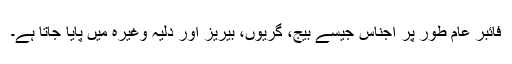
فائبر عام طور پر اجناس جیسے بیج، گریوں، بیریز اور دلیہ وغیرہ میں پایا جاتا ہے۔